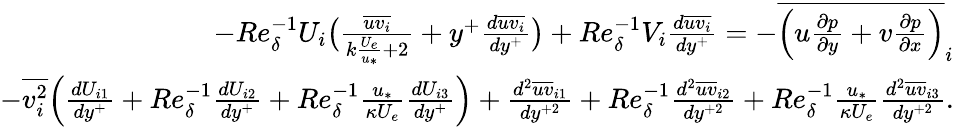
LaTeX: \begin{array}{r}{-Re_{\delta}^{-1}U_{i}\big(\frac{\overline{{uv_{i}}}}{k\frac{U_{e}}{u_{*}}+2}+y^{+}\frac{d\overline{{uv_{i}}}}{dy^{+}}\big)+Re_{\delta}^{-1}V_{i}\frac{d\overline{{uv_{i}}}}{dy^{+}}=-\overline{{\Big(u\frac{\partial p}{\partial y}+v\frac{\partial p}{\partial x}\Big)}}_{i}}\\ {-\overline{{v_{i}^{2}}}\Big(\frac{dU_{i1}}{dy^{+}}+Re_{\delta}^{-1}\frac{dU_{i2}}{dy^{+}}+Re_{\delta}^{-1}\frac{u_{*}}{\kappa U_{e}}\frac{dU_{i3}}{dy^{+}}\Big)+\frac{d^{2}\overline{{uv}}_{i1}}{dy^{+2}}+Re_{\delta}^{-1}\frac{d^{2}\overline{{uv}}_{i2}}{dy^{+2}}+Re_{\delta}^{-1}\frac{u_{*}}{\kappa U_{e}}\frac{d^{2}\overline{{uv}}_{i3}}{dy^{+2}}.}\end{array}